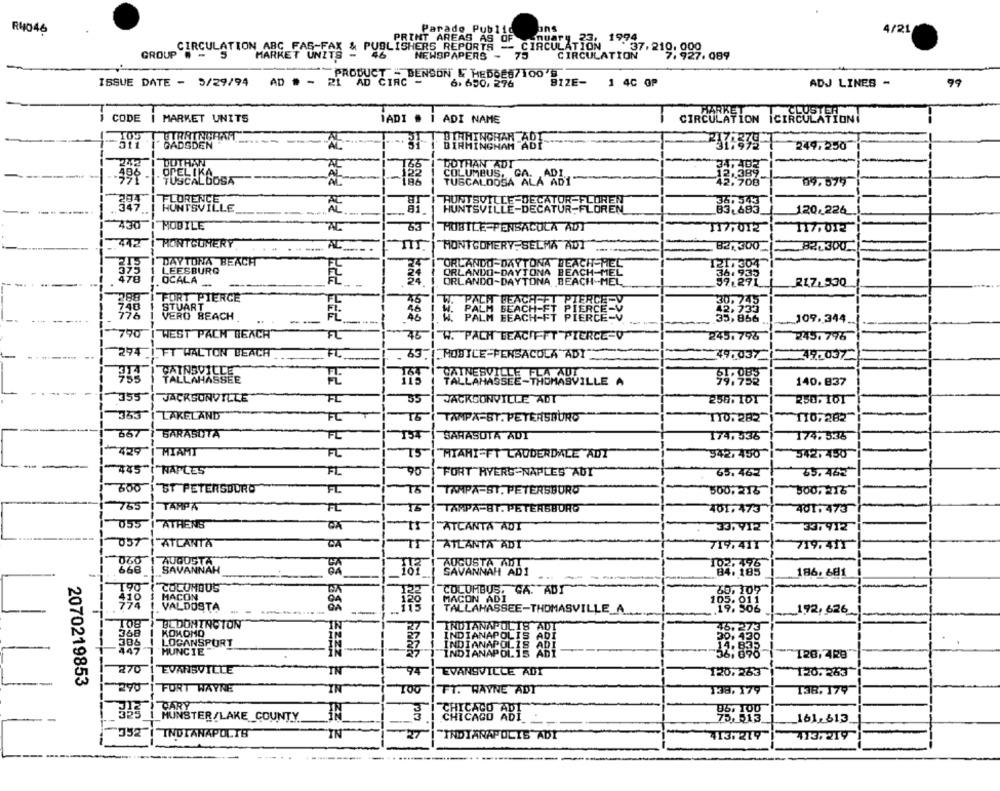
R4046
Parado Public
ans
4/21
PRINT AREAS AS OF
CIRCULATION ABC FAS-FAX & PUBLISHERS REPORTS -- CIRCULATION
GROUP - 5
MARKET UNZTS
NEWSPAPERS -
75
CIRCULATION
RCULATION 37,210.000. as9
PRODUCT - BENSON & HEDOES7100'
ISSUE DATE - 5/29/94
AD # - 21 AD CIRC
6. 650, 276
BIZE-
1 4C OP
ADJ LINES -
99
CODE
MARKET UNITS
CIRCULATION ICIRCULATIONI
MARKET
IADI # I ADI NAME
HHINCHAR
GADSDEN
27:339-
249.250
DOTHAN
DOTHAN ADT
OPELIKA
COLUMBUS, CA. ADI.
TUSCAL DOSA
TUSCALOOSA ALA ADI
34,399
FLORENCE
REN
347
HUNTSVILLE
HUNTSVILLE-DE
ATUR-FLOREN
120,226
430
MOBILE
AL
53
HUBILE-PENSACOLA ADT
117,012
117,012
442 | MONTGOMERY
AL
MONTGOMERY.SELMA ADT
82,300
824300
DAYTONA BEACH
LEESBURG
ORLANDO-DAYTONA BEACH-MEL
1217304
575
478
ORLANDO-DAYTONA BEACH-MEL
I OCALA
ORLANDO-DAYTONA BEACH-MEL_
21.7.530
7288
FORT PIERCE
PALM BEACH-FT PIERCE-V
STUART
PALIT
VERO BEACH
46
46
W: PALM BEACHHET BIERELEY
BEACH
PIERCE-
109,344.
790
WEST PACH BEACH
FL
W. PACH BEACIFFT PIERCE-0
2451796
2451796
254
FT WALTON BEACH
FL
63 ._ MOBILE-PENSACOLA ADI
49.037
49.037
CATNESVILLE FLA AUT
TALLAHASSEE-THOMASVILLE A
140.837
355
JACKSONVILLE
FL
55
JACKSONVILLE ADT
250. 101
250,101
353
LAKELAND
FC
TE
TAMPA-ST. PETERSBURG
110. 282
1107282
667
SARASOTA
FL
SARASOTA ADI
174. 535
174,535
429
MIAHT
FL
T5
HIAHI-FT LAUDERDALE ADT
342,450
342. 450
445 "[ NAPLES
FL
95
FORT RYERS-NAPLES AUT
65.463
65.462
600
ST PETERSDURO
75
TAMPA-ST. PETERSBURG
300,216
FL
500,215
755
TAMPA
FL
TARPA-ST. PETERSBURG
401. 473
401. 473
055 | ATHENS
IS !"ATLANTA AUT
33, 912
33,912
057 | ATLANTA
TI | ATLANTA ADT
719.411
719.411
060
AUGUSTA
668
SAVANNAH
187
102.
SAVANNAH AD1
84.185
186. 681
190
( COLONOUS
COLUMBUS, CA. ABY
30, 107
410
MACON
MACON ADI
774
VALDOSTA
TALLAHASSEE-THOMASVILLE A.
192,626
BLOOMINGTON
INDIANAPOLIS ADT
KOKOMO
LOGANSPORT
447
MUNCIE
HANAP
"128, 4R8"
270
EVANSVILLE
IN
94
EVANSVILLE ADT
120.263
120.263
2070219853
290 | FORT WAYNE
IN
IFT. HAYNE ADT
138,179
T38, 179
CARY
MUNSTER/LAKE COUNTY
161,813
352 | INDIANAPOLIS
IN
27
"INDIANAPOLIS ADY
413:219
713/219